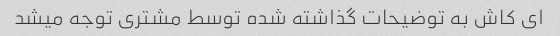
ای کاش به توضیحات گذاشته شده توسط مشتری توجه میشد